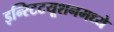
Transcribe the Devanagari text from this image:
इन्स्टिटयूशनमध्ये